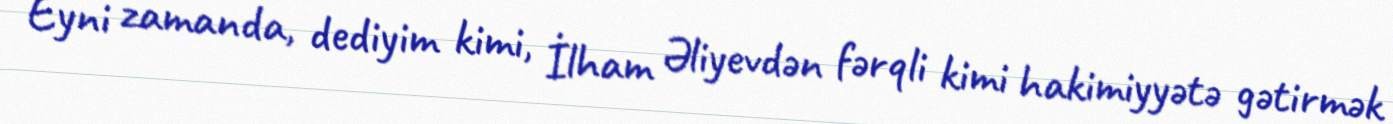
Eyni zamanda, dediyim kimi, İlham Əliyevdən fərqli kimi hakimiyyətə gətirmək